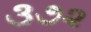
૩૭૨